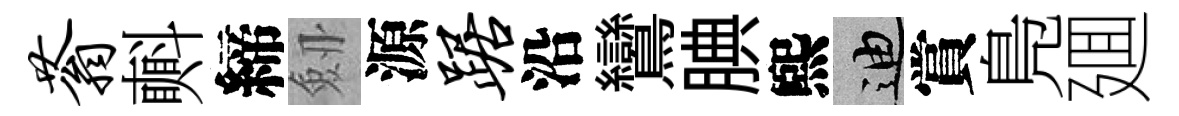
蓊㪺締劔源踞沿鸞腆煕迪賞鳬廽